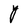
Character: Y